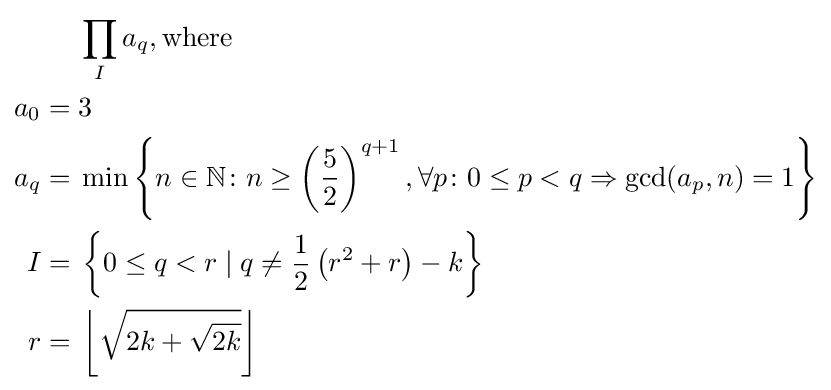
{\begin{aligned}&\prod \limits _{I}a_{q},{\hbox{where}}\\a_{0}={}&3\\a_{q}={}&\min \left\{n\in \mathbb {N} \colon n\geq \left({\frac {5}{2}}\right)^{q+1},\forall p\colon 0\leq p<q\Rightarrow \gcd(a_{p},n)=1\right\}\\I={}&\left\{0\leq q<r\mid q\neq {\frac {1}{2}}\left(r^{2}+r\right)-k\right\}\\r={}&\left\lfloor {\sqrt {2k+{\sqrt {2k}}}}\right\rfloor \end{aligned}}